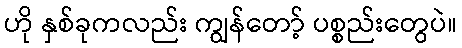
ဟို နှစ်ခုကလည်း ကျွန်တော့် ပစ္စည်းတွေပဲ။